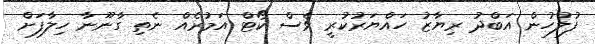
ފުލުހުން އަބްދު ރިޔާޒު ހައްޔަރުކުރީ ވެސް ކޯޓް އަމުރެއް ނެތި ގާނޫނާ ހިލާފަށް